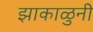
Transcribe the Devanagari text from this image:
झाकाळुनी